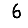
Digit: 6